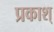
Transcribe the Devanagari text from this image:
प्रकाश्